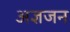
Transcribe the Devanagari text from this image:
अज्ञजन